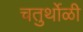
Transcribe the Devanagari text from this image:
चतुर्थोळी